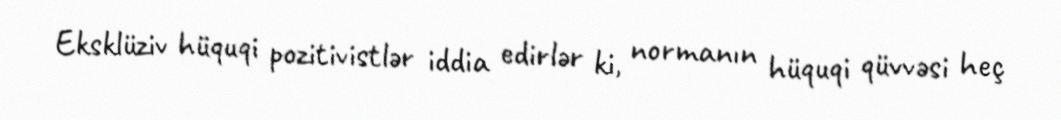
Eksklüziv hüquqi pozitivistlər iddia edirlər ki, normanın hüquqi qüvvəsi heç